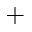
+